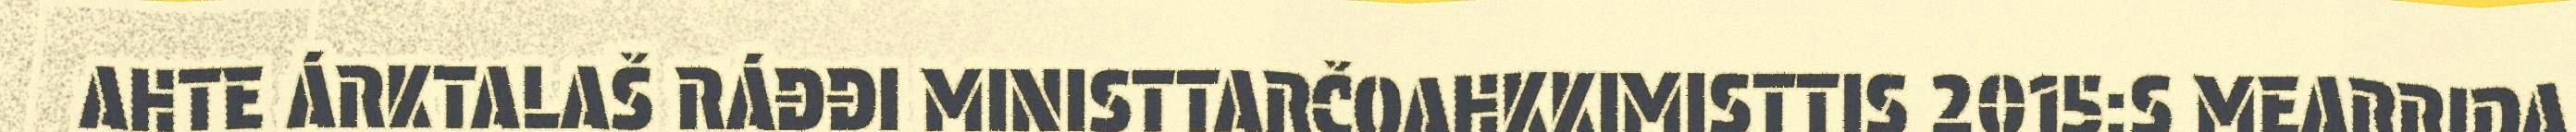
AHTE ÁRKTALAŠ RÁĐĐI MINISTTARČOAHKKIMISTTIS 2015:S MEARRIDA